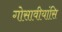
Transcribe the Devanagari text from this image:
गोसावीयांसि